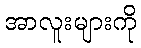
အာလူးများကို